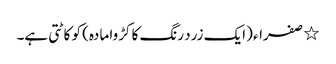
٭ صفراء (ایک زرد رنگ کا کڑوا مادہ) کو کاٹتی ہے۔